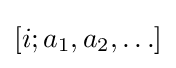
[i;a_{1},a_{2},\ldots ]